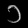
Digit: ၁